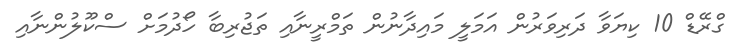
ގްރޭޑް 10 ކިޔަވާ ދަރިވަރުން އަމަލީ މައިދާނުން ތަމްރީނާއި ތަޖުރިބާ ހޯދުމަށް ސްކޫލުންނާއި